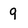
Character: 9